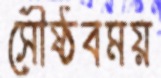
সৌষ্ঠবময়